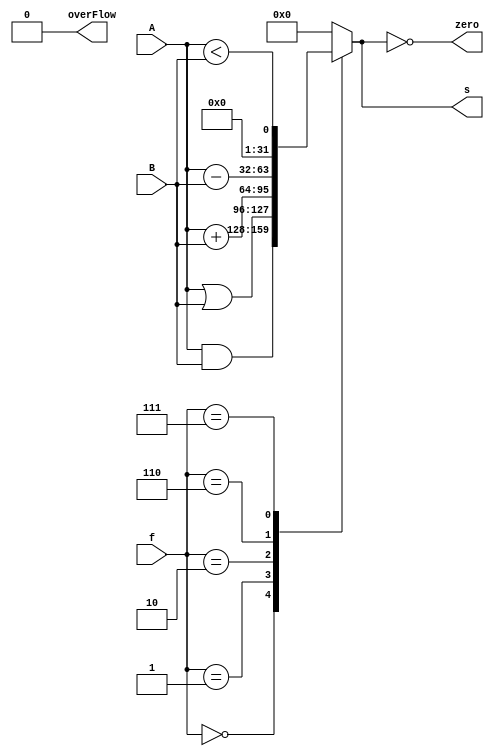
`timescale 1ns / 1ps
//////////////////////////////////////////////////////////////////////////////////
// Company: 
// Engineer: 
// 
// Design Name: 
// Module Name: ALU
// Project Name: 
// Target Devices: 
// Tool Versions: 
// Description: 
// 
// Dependencies: 
// 
// Revision:
// Revision 0.01 - File Created
// Additional Comments:
// 
//////////////////////////////////////////////////////////////////////////////////


module ALU(
    input [31:0] A,
    input [31:0] B,    //32
    input [2:0] f,
    output reg [31:0] s,
    output overFlow,zero
);

    always@(*)
    case(f)
        3'b000: begin
            s = A & B;
        end
        3'b001: begin
            s = A | B;
        end
        3'b010: begin
            s = A + B;
        end
        3'b110: begin
            s = A - B;
        end
        3'b111: begin
            s = (A<B);
        end
        default: begin
            s = 32'b0;
        end
    endcase
    
    assign overFlow = 1'b0;
    assign zero = (s==0);
endmodule